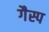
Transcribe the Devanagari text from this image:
गैस्प